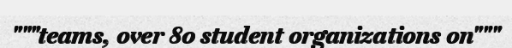
"""teams, over 80 student organizations on"""